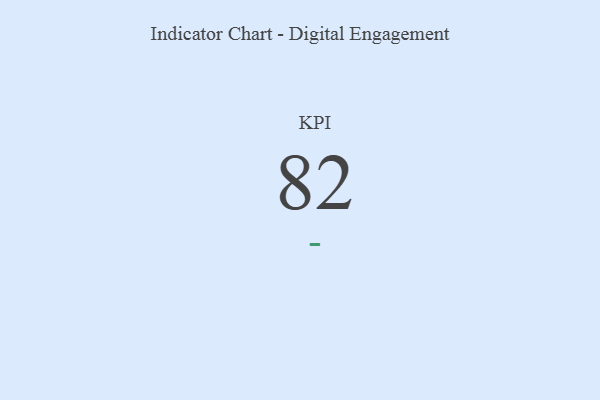
{"axis": {"x": "KPI", "y": "Value"}, "legend": [""], "data": [{"x": "KPI", "y": 82, "type": ""}]}